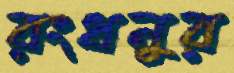
রংধনুর